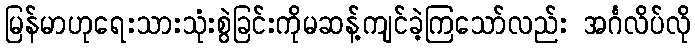
မြန်မာဟုရေးသားသုံးစွဲခြင်းကိုမဆန့်ကျင်ခဲ့ကြသော်လည်း အင်္ဂလိပ်လို